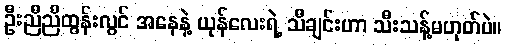
ဦးညီညီထွန်းလွင် အနေနဲ့ ယုန်လေးရဲ့ သီချင်းဟာ သီးသန့်မဟုတ်ပဲ။